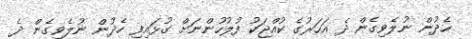
ހެދުން ނުލެވިގެން ދެ އަހަރުގެ ކުއްޖަކު ފުލުހުންނަށް ގުޅައިފި ހެދުން ނުލެވިގެން ދެ